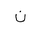
Letter: _non